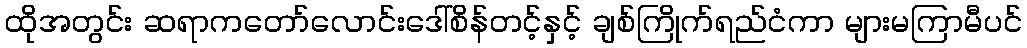
ထိုအတွင်း ဆရာကတော်လောင်းဒေါ်စိန်တင့်နှင့် ချစ်ကြိုက်ရည်ငံကာ များမကြာမီပင်